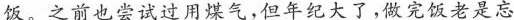
饭。之前也尝试过用煤气，但年纪大了，做完饭老是忘